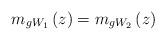
LaTeX: \begin{align*}m_{gW_{1}}\left( z\right) =m_{gW_{2}}\left( z\right) \end{align*}